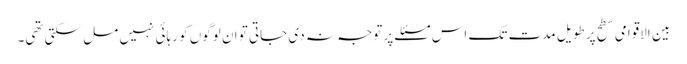
بین الاقوامی سطح پر طویل مدت تک اس مسئلے پر توجہ نہ دی جاتی تو ان لوگوں کو رہائی نہیں مل سکتی تھی۔